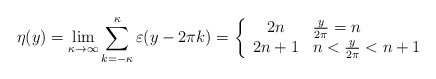
\begin{align*}\eta(y)=\lim_{\kappa\rightarrow\infty}\sum_{k=-\kappa}^\kappa\varepsilon(y-2\pi k)=\left\{\begin{array}{cl}2n & \frac{y}{2\pi}=n\\2n+1 & n<\frac{y}{2\pi}<n+1\end{array}\right.\end{align*}